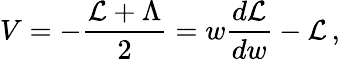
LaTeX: V=-{\frac{{\cal L}+\Lambda}{2}}=w{\frac{d{\cal L}}{dw}}-{\cal L}\, ,